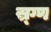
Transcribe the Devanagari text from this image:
स्र्ग्ण